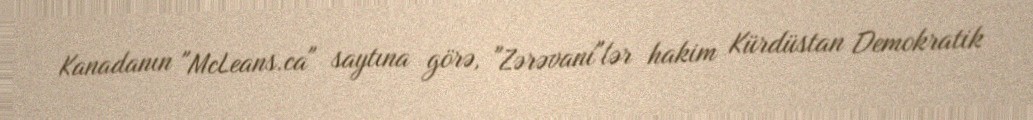
Kanadanın "McLeans.ca" saytına görə, "Zərəvani"lər hakim Kürdüstan Demokratik